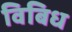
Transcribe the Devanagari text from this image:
विबिध